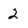
Character: 2